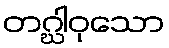
တဂ္ဃါဝုသော